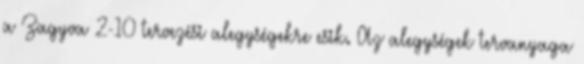
a Zagyva 2-10 tervezési alegységekre esik. Az alegységek tervanyaga